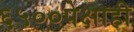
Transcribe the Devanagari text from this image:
६५००पेक्षाही